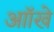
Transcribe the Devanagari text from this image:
आॉखे